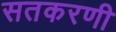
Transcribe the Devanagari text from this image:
सतकरणी